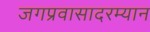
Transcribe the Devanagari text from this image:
जगप्रवासादरम्यान